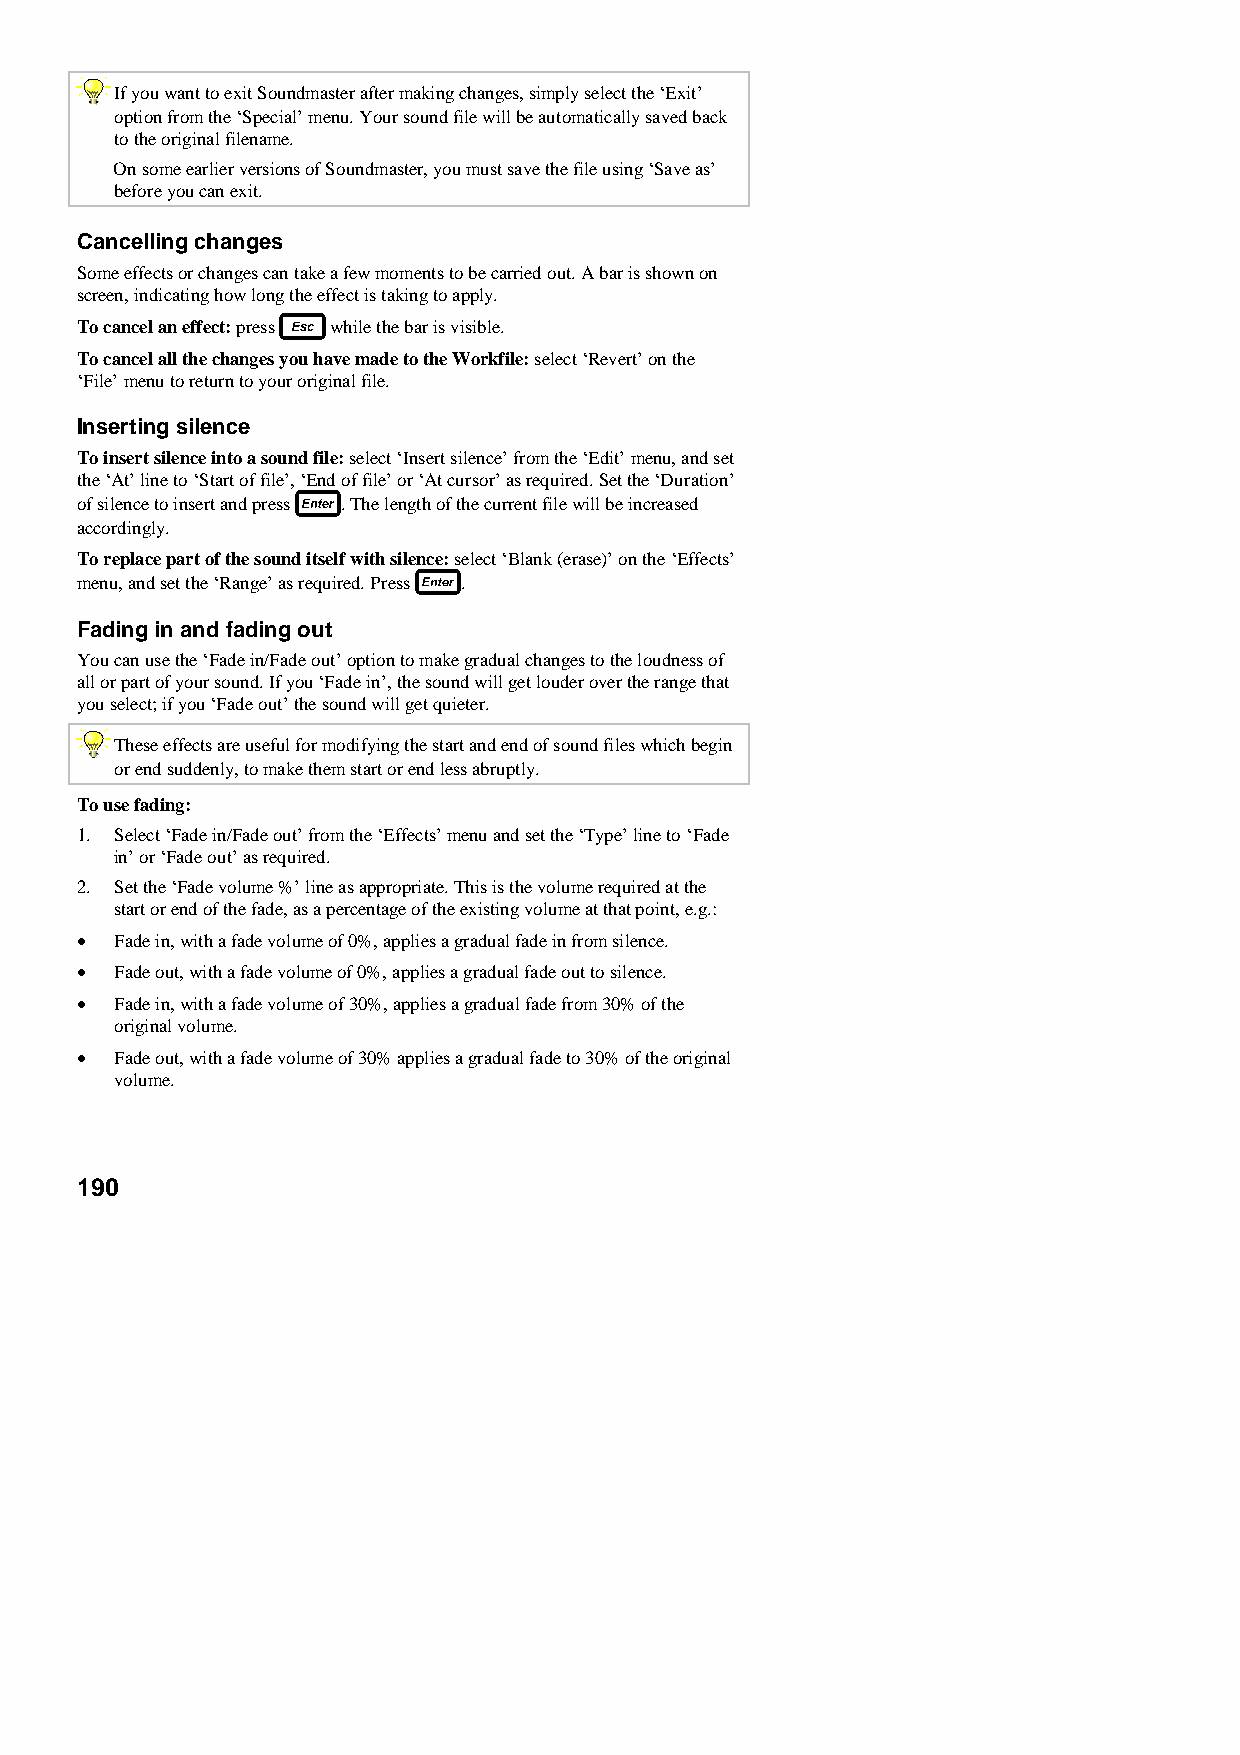
If you want to exit Soundmaster after making changes, simply select the ‘Exit’
 option from the ‘Special’ menu. Your sound file will be automatically saved back
 to the original filename.
 On some earlier versions of Soundmaster, you must save the file using ‘Save as’
 before you can exit.
 Cancelling changes
 Some effects or changes can take a few moments to be carried out. A bar is shown on
 screen, indicating how long the effect is taking to apply.
 To cancel an effect: press while the bar is visible.
 To cancel all the changes you have made to the Workfile: select ‘Revert’ on the
 ‘File’ menu to return to your original file.
 Inserting silence
 To insert silence into a sound file: select ‘Insert silence’ from the ‘Edit’ menu, and set
 the ‘At’ line to ‘Start of file’, ‘End of file’ or ‘At cursor’ as required. Set the ‘Duration’
 of silence to insert and press . The length of the current file will be increased
 accordingly.
 To replace part of the sound itself with silence: select ‘Blank (erase)’ on the ‘Effects’
 menu, and set the ‘Range’ as required. Press .
 Fading in and fading out
 You can use the ‘Fade in/Fade out’ option to make gradual changes to the loudness of
 all or part of your sound. If you ‘Fade in’, the sound will get louder over the range that
 you select; if you ‘Fade out’ the sound will get quieter.
 These effects are useful for modifying the start and end of sound files which begin
 or end suddenly, to make them start or end less abruptly.
 To use fading:
 1. Select ‘Fade in/Fade out’ from the ‘Effects’ menu and set the ‘Type’ line to ‘Fade
 in’ or ‘Fade out’ as required.
 2. Set the ‘Fade volume %’ line as appropriate. This is the volume required at the
 start or end of the fade, as a percentage of the existing volume at that point, e.g.:
 •  Fade in, with a fade volume of 0%, applies a gradual fade in from silence.
 •  Fade out, with a fade volume of 0%, applies a gradual fade out to silence.
 •  Fade in, with a fade volume of 30%, applies a gradual fade from 30% of the
 original volume.
 •  Fade out, with a fade volume of 30% applies a gradual fade to 30% of the original
 volume.
 190